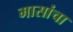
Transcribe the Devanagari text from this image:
मासांचा